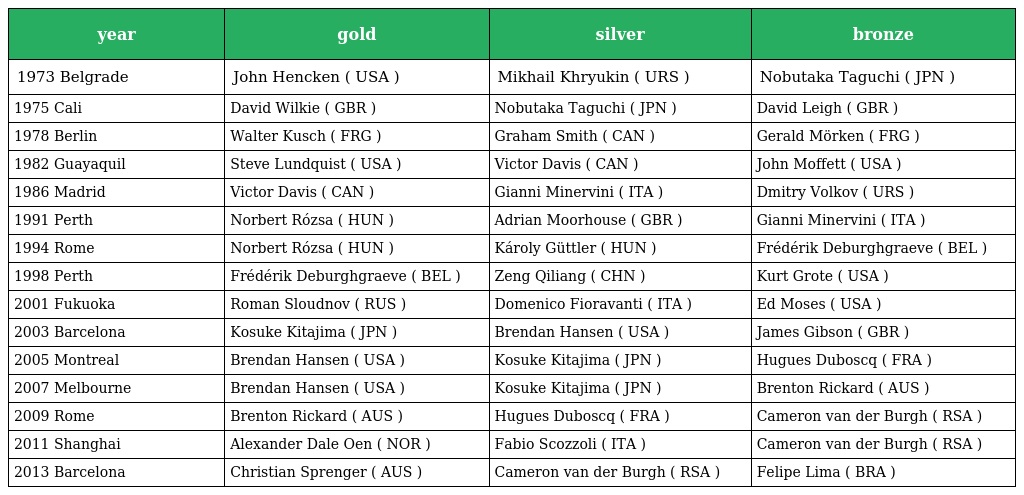
| year | gold | silver | bronze |
 | --- | --- | --- | --- |
 | 1973 Belgrade | John Hencken ( USA ) | Mikhail Khryukin ( URS ) | Nobutaka Taguchi ( JPN ) |
 | 1975 Cali | David Wilkie ( GBR ) | Nobutaka Taguchi ( JPN ) | David Leigh ( GBR ) |
 | 1978 Berlin | Walter Kusch ( FRG ) | Graham Smith ( CAN ) | Gerald Mörken ( FRG ) |
 | 1982 Guayaquil | Steve Lundquist ( USA ) | Victor Davis ( CAN ) | John Moffett ( USA ) |
 | 1986 Madrid | Victor Davis ( CAN ) | Gianni Minervini ( ITA ) | Dmitry Volkov ( URS ) |
 | 1991 Perth | Norbert Rózsa ( HUN ) | Adrian Moorhouse ( GBR ) | Gianni Minervini ( ITA ) |
 | 1994 Rome | Norbert Rózsa ( HUN ) | Károly Güttler ( HUN ) | Frédérik Deburghgraeve ( BEL ) |
 | 1998 Perth | Frédérik Deburghgraeve ( BEL ) | Zeng Qiliang ( CHN ) | Kurt Grote ( USA ) |
 | 2001 Fukuoka | Roman Sloudnov ( RUS ) | Domenico Fioravanti ( ITA ) | Ed Moses ( USA ) |
 | 2003 Barcelona | Kosuke Kitajima ( JPN ) | Brendan Hansen ( USA ) | James Gibson ( GBR ) |
 | 2005 Montreal | Brendan Hansen ( USA ) | Kosuke Kitajima ( JPN ) | Hugues Duboscq ( FRA ) |
 | 2007 Melbourne | Brendan Hansen ( USA ) | Kosuke Kitajima ( JPN ) | Brenton Rickard ( AUS ) |
 | 2009 Rome | Brenton Rickard ( AUS ) | Hugues Duboscq ( FRA ) | Cameron van der Burgh ( RSA ) |
 | 2011 Shanghai | Alexander Dale Oen ( NOR ) | Fabio Scozzoli ( ITA ) | Cameron van der Burgh ( RSA ) |
 | 2013 Barcelona | Christian Sprenger ( AUS ) | Cameron van der Burgh ( RSA ) | Felipe Lima ( BRA ) |